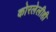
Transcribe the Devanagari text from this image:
कोरलेलीही